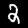
Digit: 2